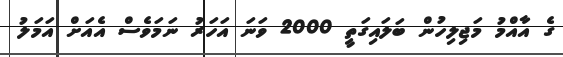
ގެ އާއްމު މަޖިލިހުން ބަލައިގަތީ 2000 ވަނަ އަހަރު ނަމަވެސް އެއަށް އަމަލު